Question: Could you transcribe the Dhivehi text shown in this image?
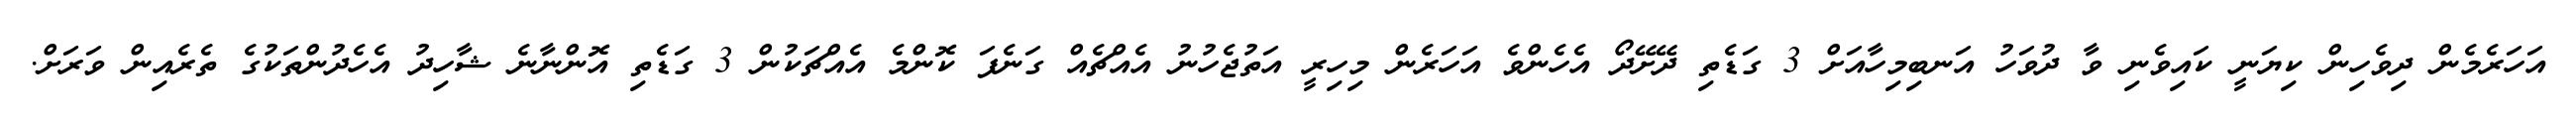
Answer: އަހަރެމެން ދިވެހިން ކިޔަނީ ކައިވެނި ވާ ދުވަހު އަނބިމިހާއަށް 3 ގަޑެތި ދޭށޭދޯ އެހެންވެ އަހަރެން މިހިރީ އަތުޖެހުނު އެއްޗެއް ގަނެފަ ކޮންމެ އެއްޗަކުން 3 ގަޑެތި އޮންނާނެ ޝާހިދު އެހެދުންތަކުގެ ތެރެއިން ވަރަށް.